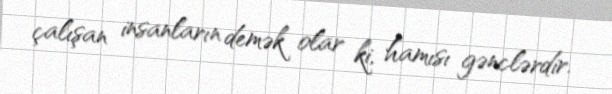
çalışan insanların demək olar ki, hamısı gənclərdir.